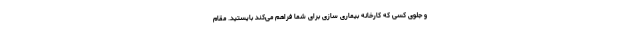
و جلوی کسی که کارخانه بیماری سازی برای شما فراهم می‌کند بایستید. مقام